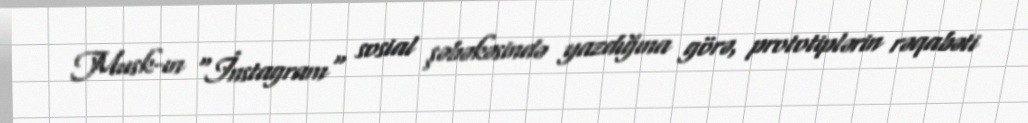
Musk-ın "İnstagram" sosial şəbəkəsində yazdığına görə, prototiplərin rəqabəti